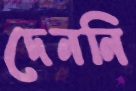
দেননি